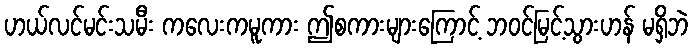
ဟယ်လင်မင်းသမီး ကလေးကမူကား ဤစကားများကြောင့် ဘဝင်မြင့်သွားဟန် မရှိဘဲ